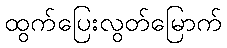
ထွက်ပြေးလွတ်မြောက်